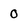
Character: 0